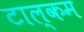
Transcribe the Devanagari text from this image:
टाल्कम